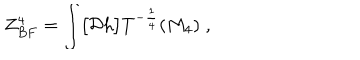
Z _ { B F } ^ { 4 } = \int \bigl [ { \cal { D } } h \bigl ] T ^ { - { \frac { 1 } { 4 } } } ( M _ { 4 } ) \; ,